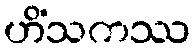
ဟိံသကဿ